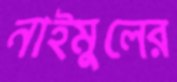
নাইমুলের